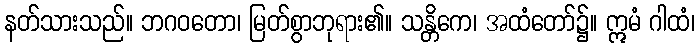
နတ်သားသည်။ ဘဂဝတော၊ မြတ်စွာဘုရား၏။ သန္တိကေ၊ အထံတော်၌။ ဣမံ ဂါထံ၊